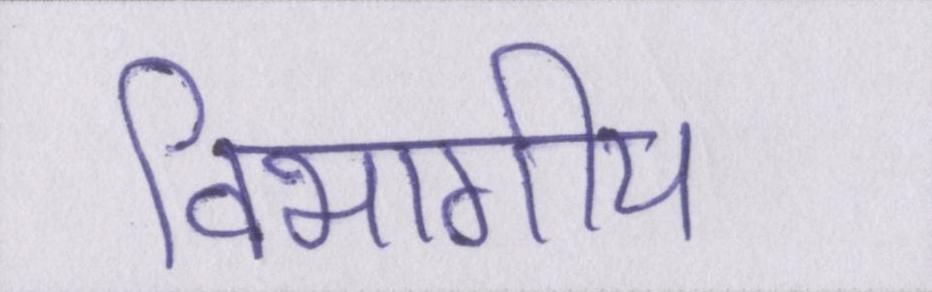
विभागीय